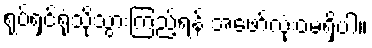
ရုပ်ရှင်ရုံသို့သွားကြည့်ရန် အဖော်လုံးဝမရှိပါ။